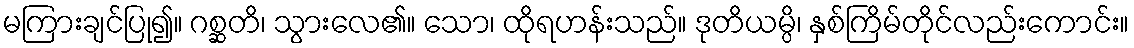
မကြားချင်ပြု၍။ ဂစ္ဆတိ၊ သွားလေ၏။ သော၊ ထိုရဟန်းသည်။ ဒုတိယမ္ပိ၊ နှစ်ကြိမ်တိုင်လည်းကောင်း။